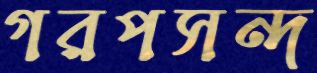
গরপসন্দ